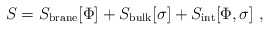
\begin{align*} S=S_{\rm{\small brane}}[\Phi]+S_{\rm{\small bulk}}[\sigma]+ S_{\rm{\small int}}[\Phi,\sigma]~,\end{align*}